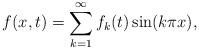
LaTeX: \begin{align*}f(x,t)=\sum_{k=1}^{\infty} f_k(t) \sin(k \pi x), \end{align*}